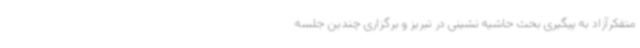
متفکرآزاد به پیگیری بحث حاشیه نشینی در تبریز و برگزاری چندین جلسه